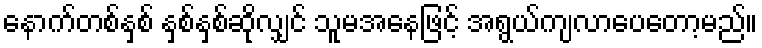
နောက်တစ်နှစ် နှစ်နှစ်ဆိုလျှင် သူမအနေဖြင့် အရွယ်ကျလာပေတော့မည်။